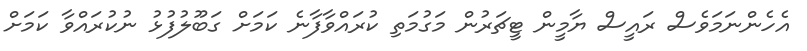
އެހެންނަމަވެސް ރައީސް ޔާމީން ޓީޗަރުން މަގުމަތި ކުރައްވާފާނެ ކަމަށް ގަބޫލުފުޅު ނުކުރައްވާ ކަމަށް